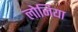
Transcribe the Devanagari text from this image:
लोजिया